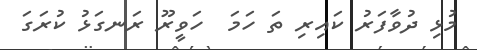
މުޅި ދުވާފަރު ކައިރި ތަ ހަމަ  ހަވީރޫ ރަނގަޅު ކުރަގަ